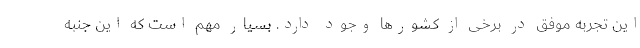
این تجربه موفق در برخی از کشورها وجود دارد. بسیار مهم است که این جنبه